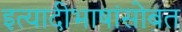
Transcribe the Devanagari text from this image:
इत्यादीभाषांसोबत